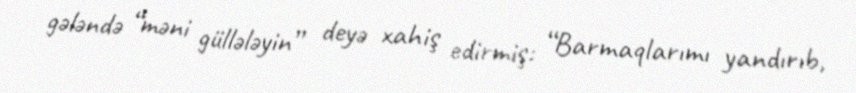
gələndə “məni güllələyin” deyə xahiş edirmiş: “Barmaqlarımı yandırıb,